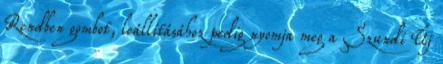
Rendben gombot, leállításához pedig nyomja meg a Szundi Új